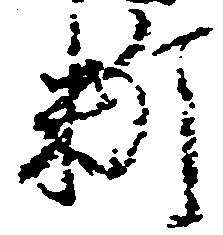
料